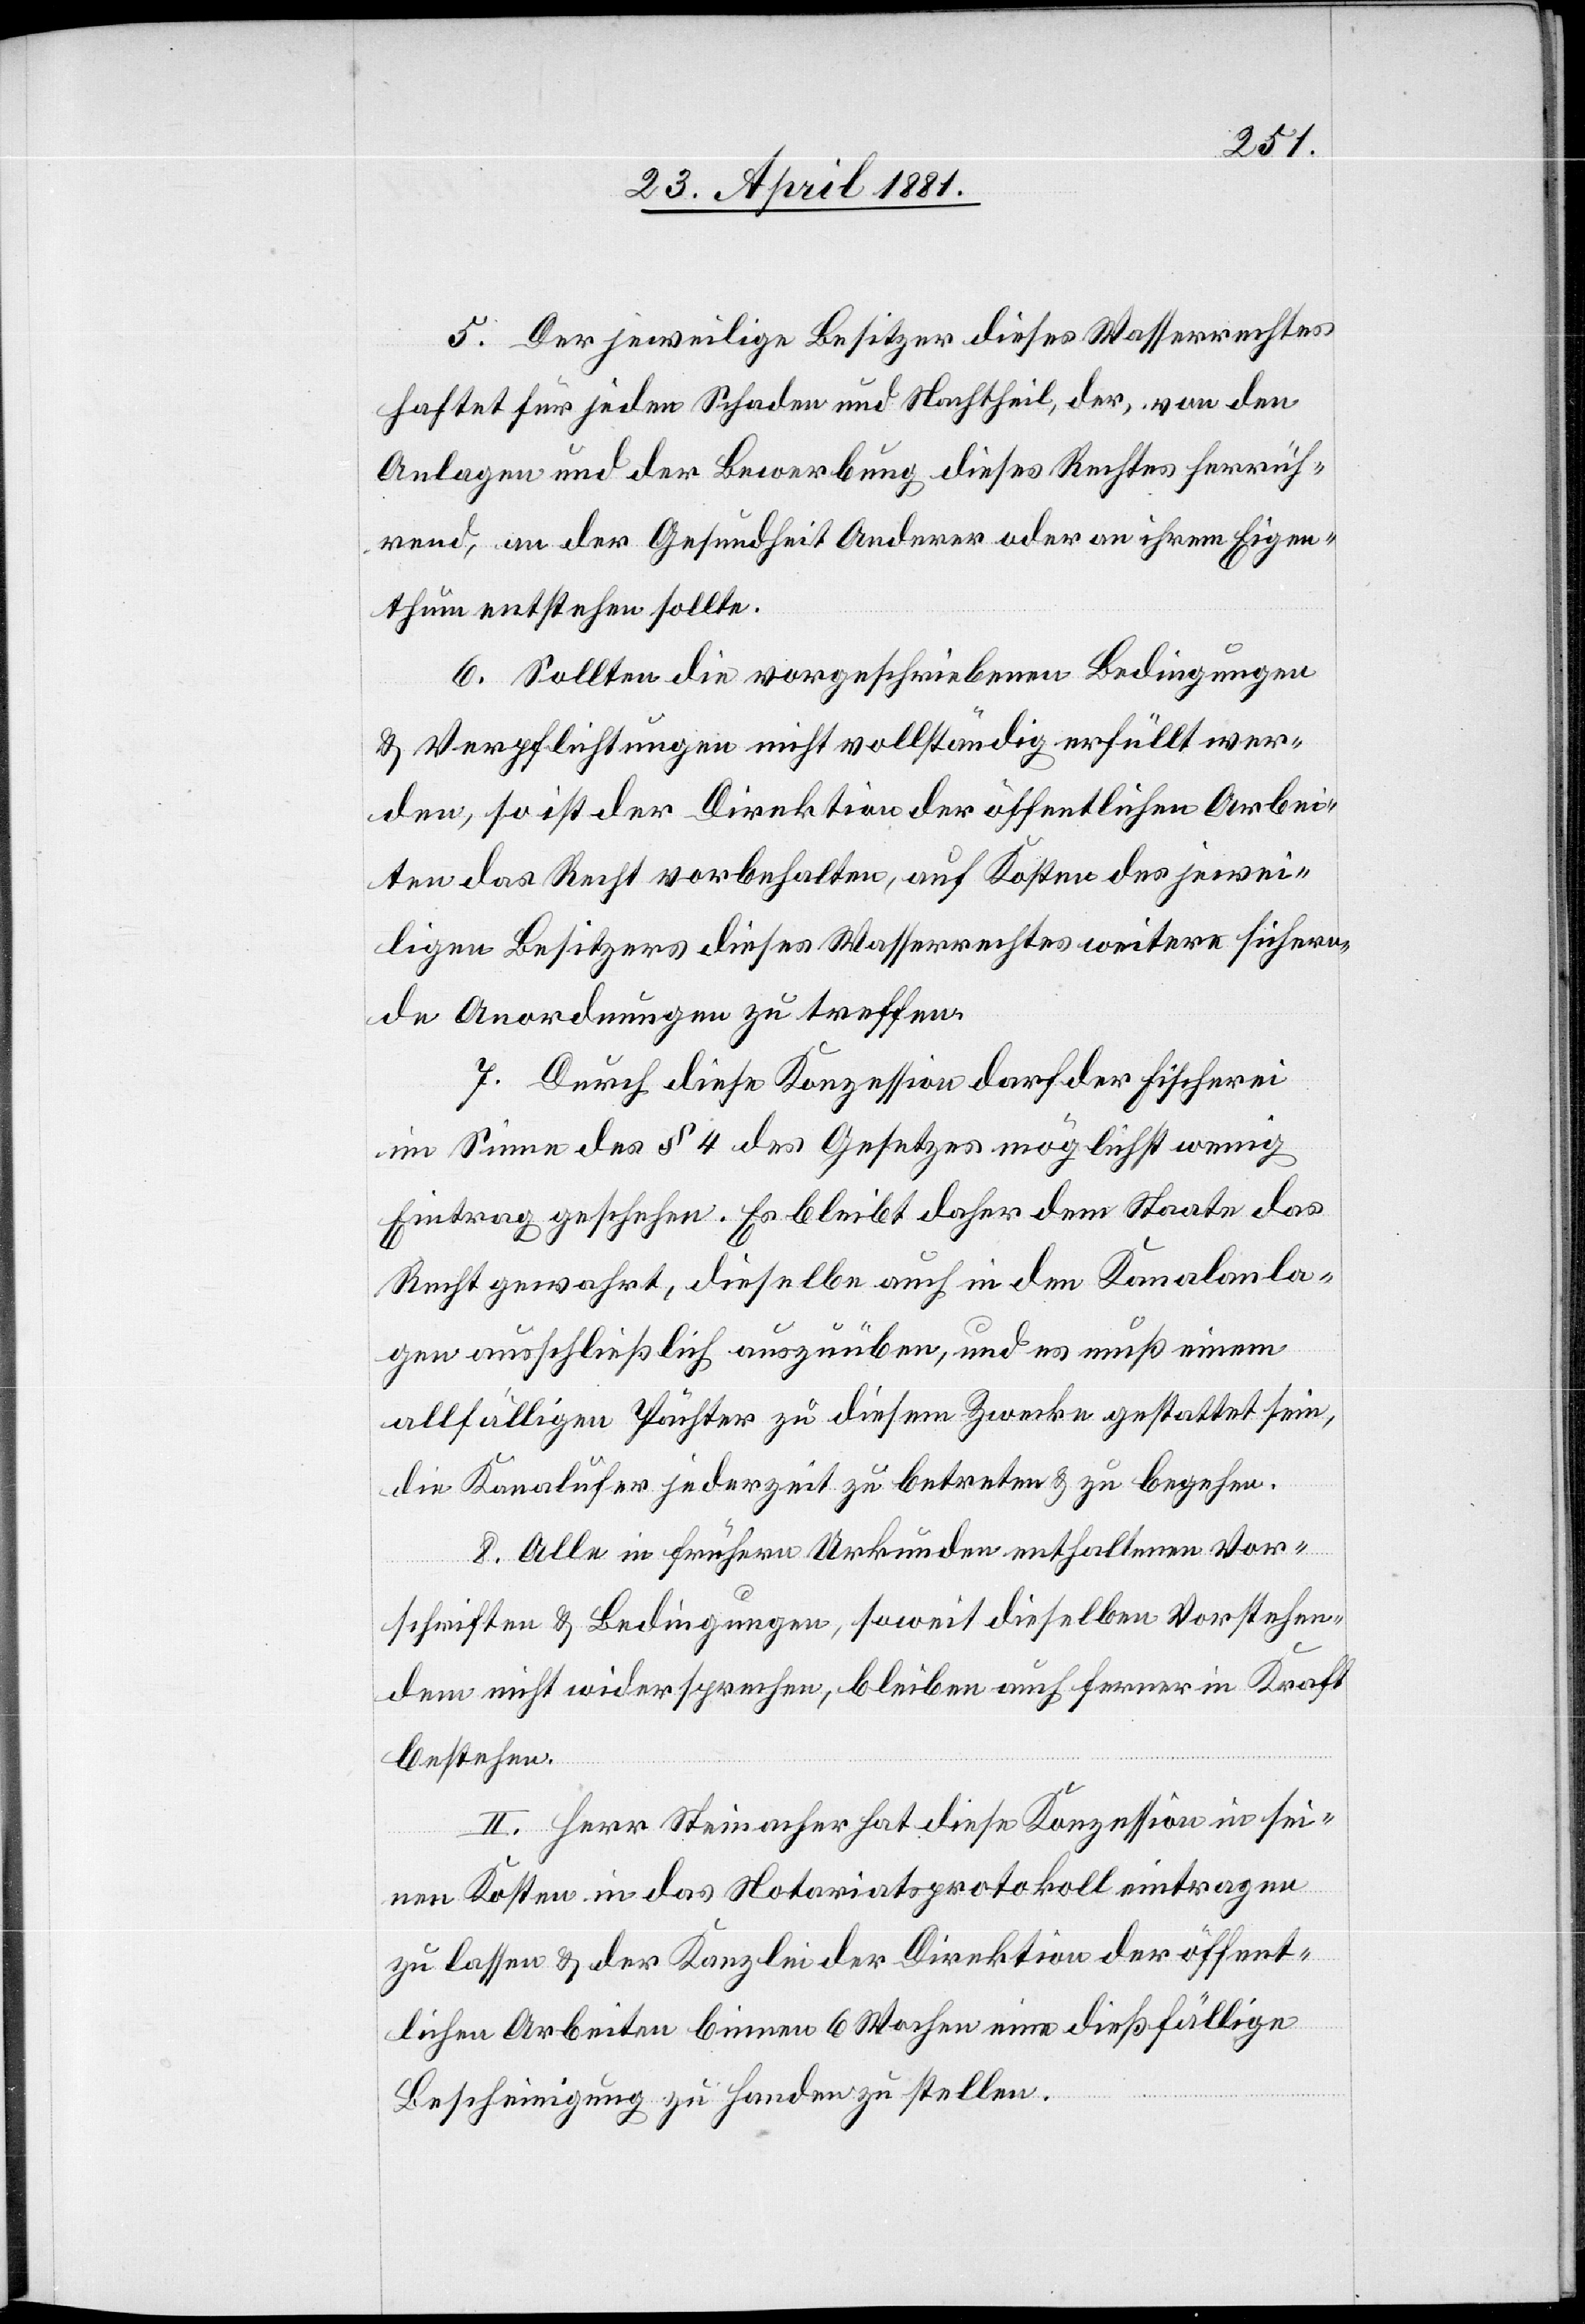
5. Der jeweilige Besitzer dieses Wasserrechtes
haftet für jeden Schaden und Nachtheil, der, von den
Anlagen und der Bewerbung dieses Rechtes herrüh¬
rend, an der Gesundheit Anderer oder an ihrem Eigen¬
thum entstehen sollte.
6. Sollten die vorgeschriebenen Bedingungen
& Verpflichtungen nicht vollständig erfüllt wer¬
den, so ist der Direktion der öffentlichen Arbei¬
ten das Recht vorbehalten, auf Kosten des jewei¬
ligen Besitzers dieses Wasserrechtes weitere sichern¬
de Anordnungen zu treffen.
7. Durch diese Konzession darf der Fischerei
im Sinne des § 4 des Gesetzes möglichst wenig
Eintrag geschehen. Es bleibt daher dem Staate das
Recht gewahrt, dieselbe auch in dem Kanalanla¬
gen ausschließlich auszuüben, und es muß einem
allfälligen Pächter zu diesem Zwecke gestattet sein,
die Kanalufer jederzeit zu betreten & zu begehen.
II. Herr Steinacher hat diese Konzession in sei¬
nen Kosten in das Notariatsprotokoll eintragen
zu lassen & der Kanzlei der Direktion öffent¬
lichen Arbeiten binnen 6 Wochen eine dießfällige
Bescheinigung zu Handen zu stellen.